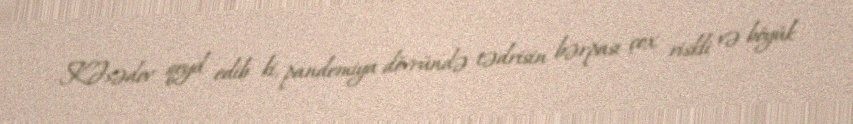
K.Əsədov qeyd edib ki, pandemiya dövründə tədrisin bərpası çox riskli və böyük